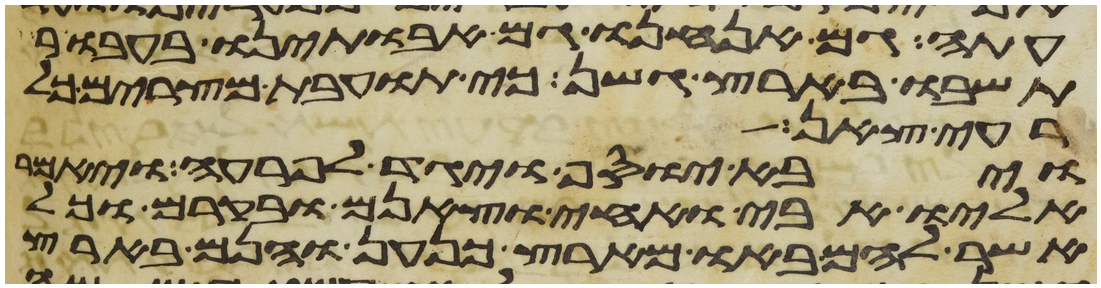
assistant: עתה גם אנחנו גם אבתינו בעבור
תשבו בארץ גשן כי תועבת מצרים כל
רעי צאן
ויבא יוסף ויגד לפרעה ויאמר
אליו אבי ואחי וצאנם ובקרם וכל
אשר להם באו מארץ כנען והנם בארץ